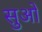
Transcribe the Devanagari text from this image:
सुओ